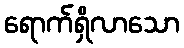
ရောက်ရှိလာသော